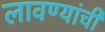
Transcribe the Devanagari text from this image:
लावण्यांची